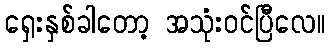
ရှေးနှစ်ခါတော့ အသုံးဝင်ပြီလေ။